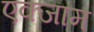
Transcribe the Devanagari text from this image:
एक्जाम